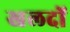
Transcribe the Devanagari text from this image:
खलदों